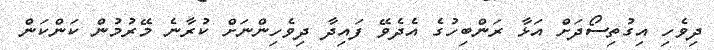
ދިވެހި އިގުތިސޯދަށް އަޅާ ރަންބިހުގެ އެދެވޭ ފައިދާ ދިވެހިންނަށް ކުރާނެ މޭރުމުން ކަންކަން